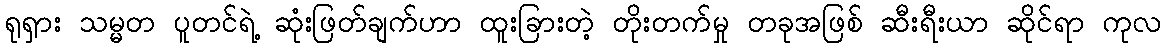
ရုရှား သမ္မတ ပူတင်ရဲ့ ဆုံးဖြတ်ချက်ဟာ ထူးခြားတဲ့ တိုးတက်မှု တခုအဖြစ် ဆီးရီးယာ ဆိုင်ရာ ကုလ